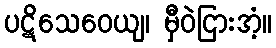
ပဋိသေဝေယျ၊ မှီဝဲငြားအံ့။